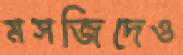
মসজিদেও